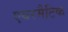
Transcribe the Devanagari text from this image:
एयरमैटिक